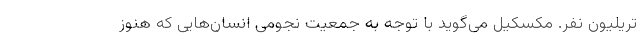
تریلیون نفر. مکسکیل می‌گوید با توجه به جمعیت نجومی انسان‌هایی که هنوز